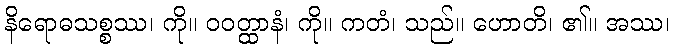
နိရောဓသစ္စဿ၊ ကို။ ဝဝတ္ထာနံ၊ ကို။ ကတံ၊ သည်။ ဟောတိ၊ ၏။ အဿ၊